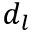
d _ { l }